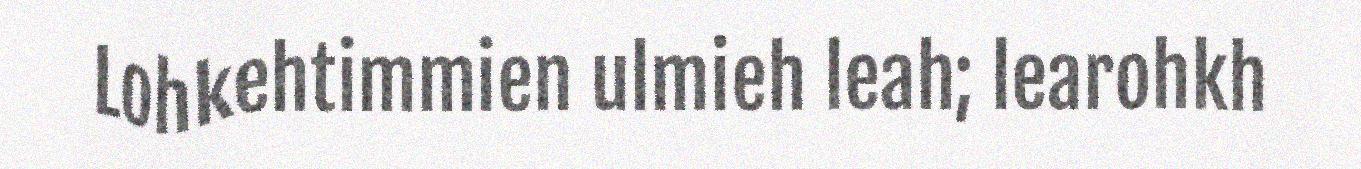
Lohkehtimmien ulmieh leah; learohkh